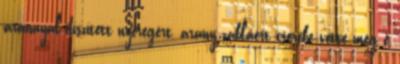
arannyal díszített nyeregért, arany zabláért cserébe vette meg e